Annual report of the Punjab Veterinary College and of the Civil Veterinary Department, Punjab - 1926-1932
Year: 1926
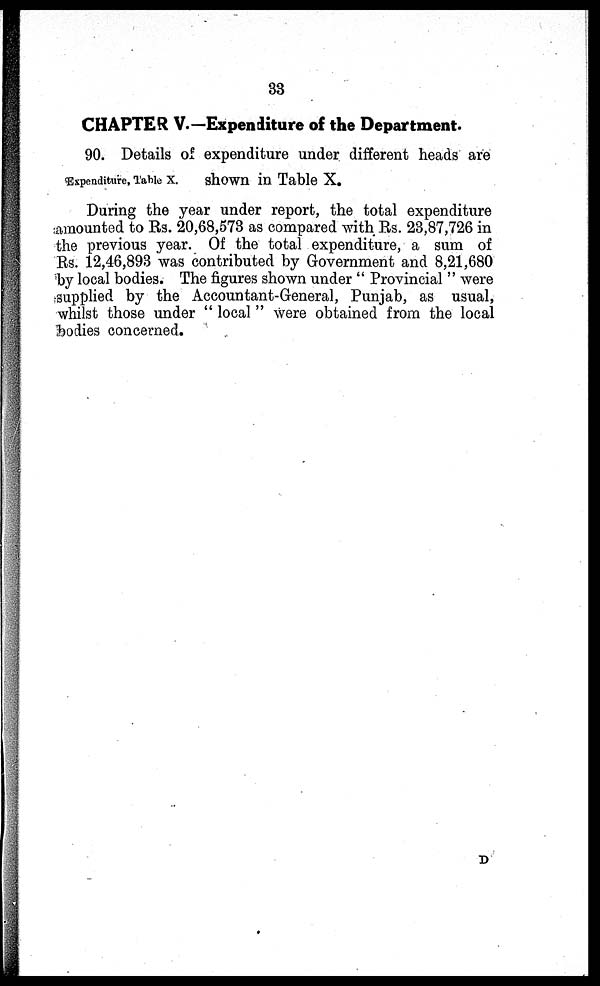
33
CHAPTER V.—Expenditure of the Department.
Expenditure, Table X.
90. Details of expenditure under different heads are
shown in Table X.
During the year under report, the total expenditure
amounted to Rs. 20,68,573 as compared with Rs. 23,87,726 in
the previous year. Of the total expenditure, a sum of
Rs. 12,46,893 was contributed by Government and 8,21,680
by local bodies. The figures shown under "Provincial" were
supplied by the Accountant-General, Punjab, as usual,
whilst those under "local" were obtained from the local
bodies concerned.